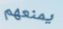
يمنعهم